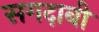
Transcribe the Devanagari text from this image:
सगदाबी